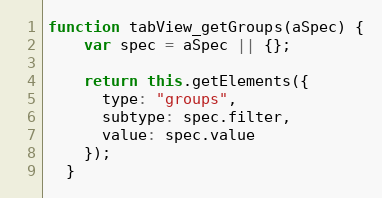
Language: JavaScript
function tabView_getGroups(aSpec) {
    var spec = aSpec || {};

    return this.getElements({
      type: "groups",
      subtype: spec.filter,
      value: spec.value
    });
  }